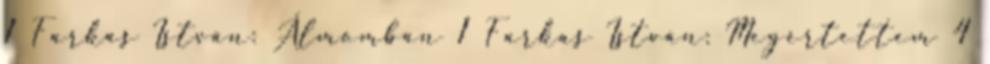
1 Farkas István: Álmomban 1 Farkas István: Megértettem 4